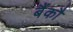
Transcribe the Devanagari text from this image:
बैंकौ